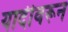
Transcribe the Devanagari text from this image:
यादीवरून